Vaccination North-Western Provinces and Oudh 1896-1901 - 1896-1901
Year: 1896
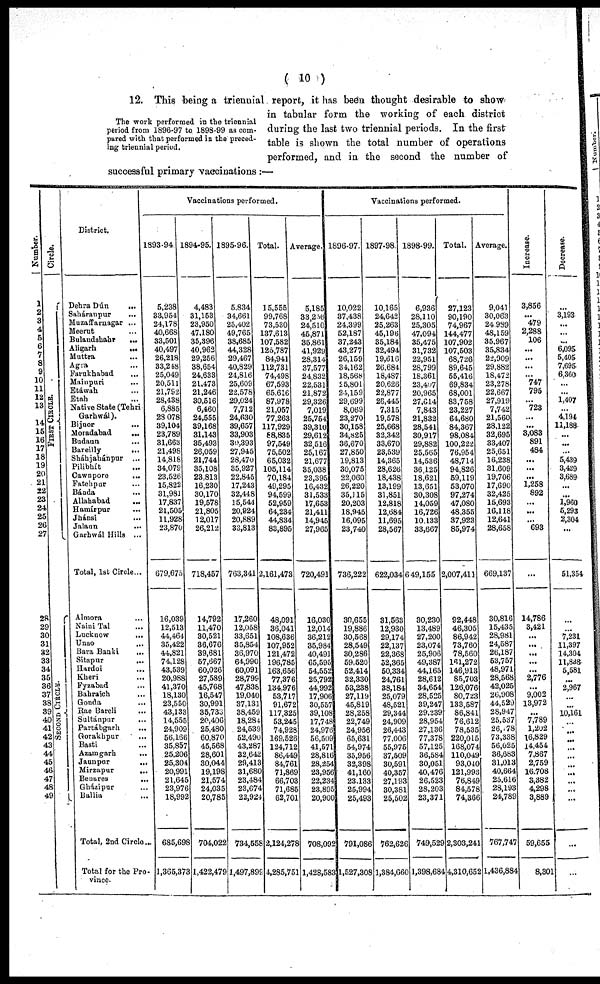
( 10 )
The work performed in the triennial
period from 1896-97 to 1898-99 as com-
pared with that performed in the preced-
ing triennial period.
12. This being a triennial report, it has been thought desirable to show
in tabular form the working of each district
during the last two triennial periods. In the first
table is shown the total number of operations
performed, and in the second the number of
successful primary vaccinations :—
Number.
1
2
3
4
5
6
7
8
9
10
11
12
13
14
15
16
17
18
19
20
21
22
23
24
25
26
27
28
29
30
31
32
33
34
35
36
37
38
39
40
41
42
43
44
45
46
47
48
49
Circle.
FI RST CI RCLE.
SECOND CIRCLE.
District.
Dehra Dún
...
Saháranpur
...
Muzaffarnagar ...
Meerut ...
Bulandshahr
...
Aligarh
...
Muttra ...
Agra ...
Farukhabad
...
Mainpuri ...
Etáwah ...
Etah
...
Native State (Tehri
Garhwál). Bijnor ...
Moradabad ...
Budaun ...
Bareilly ...
Sháhjahánpur ...
Pilibhít ...
Cawnpore ...
Fatehpur ...
Bánda ...
Allahabad ...
Hamírpur ...
Jhánsi ...
Jalaun ...
Garhwál Hills ...
Total, 1st Circle ...
Almora ...
Naini Tal ...
Lucknow
...
Unao ...
Bara Banki
...
Sitapur
...
Hardoi ...
Kheri ...
Fyzabad ...
Bahraich ...
Gonda ...
Rae Bareli ...
Sultánpur
...
Partábgarh
...
Gorakhpur
...
Basti ...
Azamgarh ...
Jaunpur
...
Mirzapur
...
Benares
...
Gházipur ...
Ballia ...
Total, 2nd Circle ...
Total for the Pro-
vince.
Vaccinations performed.
1893-94.
5,238
33,954
24,178
40,668
33,501
40,497
26,218
33,248
25,049
20,511
21,792
28,438
6,885
28,078
39,104
23,789
31,663
21,498
14,818
34,079
23,526
15,822
31,981
17,837
21,505
11,928
23,870
679,675
16,039
12,513
44,464
35,422
44,821
74,128
43,539
20,988
41,370
18,130
23,550
43,133
14,555
24,909
56,166
35,857
25,206
25,304
20,991
21,645
23,976
18,992
685,698
1,365,373
1894-95.
4,483
31,153
23,950
47,180
35,396
40,962
29,256
38,654
24,633
21,473
21,246
30,516
6,460
24,555
39,168
31,143
35,493
26,059
21,744
35,108
23,813
16,230
30,170
19,578
21,805
12,017
26,212
718,457
14,792
11,470
30,521
36,676
39,681
57,667
60,026
27,589
45,768
16,547
30,991
35,733
20,406
25,480
60,870
45,568
28,601
30,044
19,198
21,574
24,035
20,785
704,022
1,422,479
1895-96.
5,834
34,661
25,402
49,765
38,685
44,328
29,467
40,829
24,816
25,609
22,578
29,024
7,712
24,630
39,657
33,903
30,393
27,945
28,470
35,927
22,845
17,243
32,448
15,544
20,924
20,889
33,813
763,341
17,260
12,058
33,651
35,854
36,970
64,990
60,091
28,799
47,838
19,040
37,131
38,459
18,284
24,539
52,490
43,287
32,642
29,413
31,680
23,484
23,674
22,924
734,558
1,497,899
Total.
15,555
99,768
73,530
137,613
107,582
125,787
84,941
112,731
74,498
67,593
65,616
87,978
21,057
77,263
117,929
88,835
97,549
75,502
65,032
105,114
70,184
49,295
94,599
52,959
64,234
44,834
83,895
2,161,473
48,091
36,041
108,636
107,952
121,472
196,785
163,656
77,376
134,976
53,717
91,672
117,325
53,245
74,928
169,526
124,712
86,449
84,761
71,869
66,703
71,685
62,701
2,124,278
4,285,751
Average.
5,185
33,256
24,510
45,871
35 861
41,929
28,314
37,577
24,832
22,531
21,872
29,326
7,019
25,754
39,310
29,612
32,516
25,167
21,677
35,038
23,395
16,432
31,533
17,653
21,411
14,945
27,965
720,491
16,030
12,014
36,212
35,984
40,491
65,595
54,552
25,792
44,992
17,906
30,557
39,108
17,748
24,976
56,509
41,571
28,816
28,254
23,956
22,234
23,895
20,900
708,092
1,428,583
Vaccinations performed.
1896-97.
10,022
37,438
24,399
52,187
37,243
43,277
26,159
34,162
18,568
25,801
24,159
29,699
8,069
23,270
30,158
34,825
36,670
27,850
19,813
30,075
22,060
26,220
35,115
20,203
18,945
16,095
23,740
736,222
30,655
19,886
30,568
28,549
30,286
59,520
52,414
32,330
53,238
27,119
45,819
28,258
22,749
24,956
65,631
54,974
35,956
32,398
41,160
23,133
25,994
25,493
791,086
1,527,308
1897-98.
10,165
24,642
25 263
45,196
35,184
32,494
19,616
26,684
18,487
20,626
22,877
26,445
7,315
19,578
25,668
32,342
33,670
23,539
14,365
28,626
18,438
13,199
31,851
12,818
12,684
11,695
28,567
622,034
31,563
12,930
29,174
22,137
22,368
52,365
50,334
24,761
38,184
25,079
48,521
29,344
24,909
26,443
77,006
55,975
37,509
30,591
40,357
27,193
30,381
25,502
762,626
1,384,660
1898-99.
6,936
28,110
25,305
47,094
35,475
31,732
22,951
28,799
18,361
23,407
20,965
27,614
7,843
21,832
28,541
30,917
29,882
25,565
14,536
36,125
18,621
13,651
30,308
14,059
16,726
10,133
33,667
649,155
30,230
13,489
27,200
23,074
25,906
49,387
44,165
28,612
34,654
28,525
39,247
29,239
28,954
27,136
77,378
57,125
36,584
30,051
40,476
26,523
28,203
23,371
749,529
1,398,684
Total.
27,123
90,190
74,967
144,477
107,902
107,503
68,726
89,645
55,416
69,834
68,001
83,758
23,227
64,680
84,367
98,084
100,222
76,954
48,714
94,826
59,119
53,070
97,274
47,080
48,355
37,923
85,974
2,007,411
92,448
46,305
86,942
73,760
78,560
161,272
146,913
85,703
126,076
80,723
133,587
86,841
76,612
78,535
220,015
168,074
110,049
93,040
121,993
76,849
84,578
74,366
2,303,241
4,310,652
Average.
9,041
30,063
24,989
48,159
35,967
35,834
22,909
29,882
18,472
23,278
22,667
27,919
7,742
21,560
28,122
32,695
33,407
25,651
16,238
31,609
19,706
17,690
32,425
15,693
16,118
12,641
28,658
669,137
30,816
15,435
28,981
24,587
26,187
53,757
48,971
28,568
42,025
26,908
44,529
28,947
25,537
26,178
73,338
56,025
36,683
31,013
40,664
25,616
28,193
24,789
767,747
1,436,884
Increase.
3,856
...
479
2,288
106
...
...
...
...
747
795
...
723
...
...
3,083
891
484
...
...
...
1,258
892
...
...
...
693
...
14,786
3,421
...
...
...
...
...
2,776
...
9,002
13,972
...
7,789
1,202
16,829
14,454
7,867
2,759
16,708
3,382
4,298
3,889
59,655
8,301
Decrease.
...
3,193
...
...
...
6,095
5,405
7,695
6,360
...
...
1,407
...
4,194
11,188
...
...
...
5,439
3,429
3,689
...
...
1,960
5,293
2,304
...
51,354
...
...
7,231
11,397
14,304
11,838
5,581
...
2,967
...
...
10,161
...
...
...
...
...
...
...
...
...
...
...
...